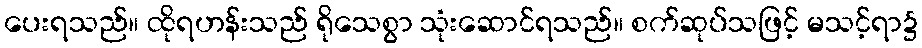
ပေးရသည်။ ထိုရဟန်းသည် ရိုသေစွာ သုံးဆောင်ရသည်။ စက်ဆုပ်သဖြင့် မသင့်ရာ၌